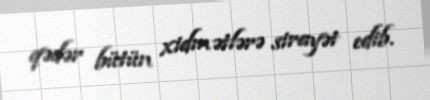
qədər bütün xidmətlərə sirayət edib.